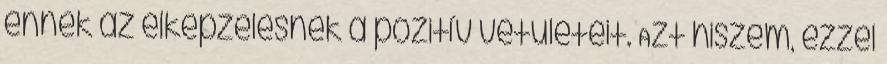
ennek az elképzelésnek a pozitív vetületeit. Azt hiszem, ezzel